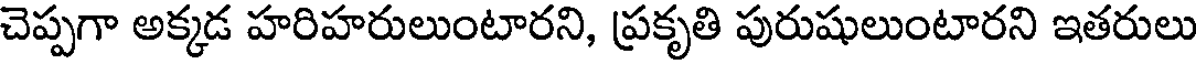
చెప్పగా అక్కడ హరిహరులుంటారని, ప్రకృతి పురుషులుంటారని ఇతరులు